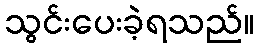
သွင်းပေးခဲ့ရသည်။